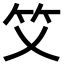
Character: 𥫜